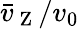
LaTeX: \bar{v}_{\mathrm{~Z~}}/v_{0}